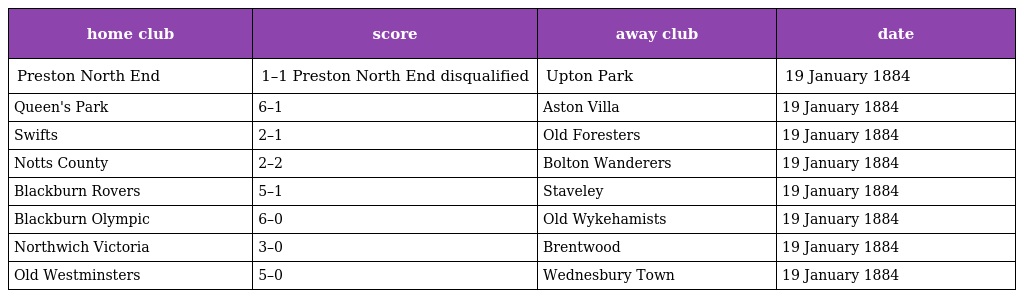
| home club | score | away club | date |
 | --- | --- | --- | --- |
 | Preston North End | 1–1 Preston North End disqualified | Upton Park | 19 January 1884 |
 | Queen's Park | 6–1 | Aston Villa | 19 January 1884 |
 | Swifts | 2–1 | Old Foresters | 19 January 1884 |
 | Notts County | 2–2 | Bolton Wanderers | 19 January 1884 |
 | Blackburn Rovers | 5–1 | Staveley | 19 January 1884 |
 | Blackburn Olympic | 6–0 | Old Wykehamists | 19 January 1884 |
 | Northwich Victoria | 3–0 | Brentwood | 19 January 1884 |
 | Old Westminsters | 5–0 | Wednesbury Town | 19 January 1884 |